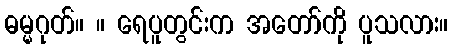
ဓမ္မဂုတ်။ ။ ရေပူတွင်းက အတော်ကို ပူသလား။